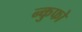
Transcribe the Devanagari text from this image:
न्कुफो